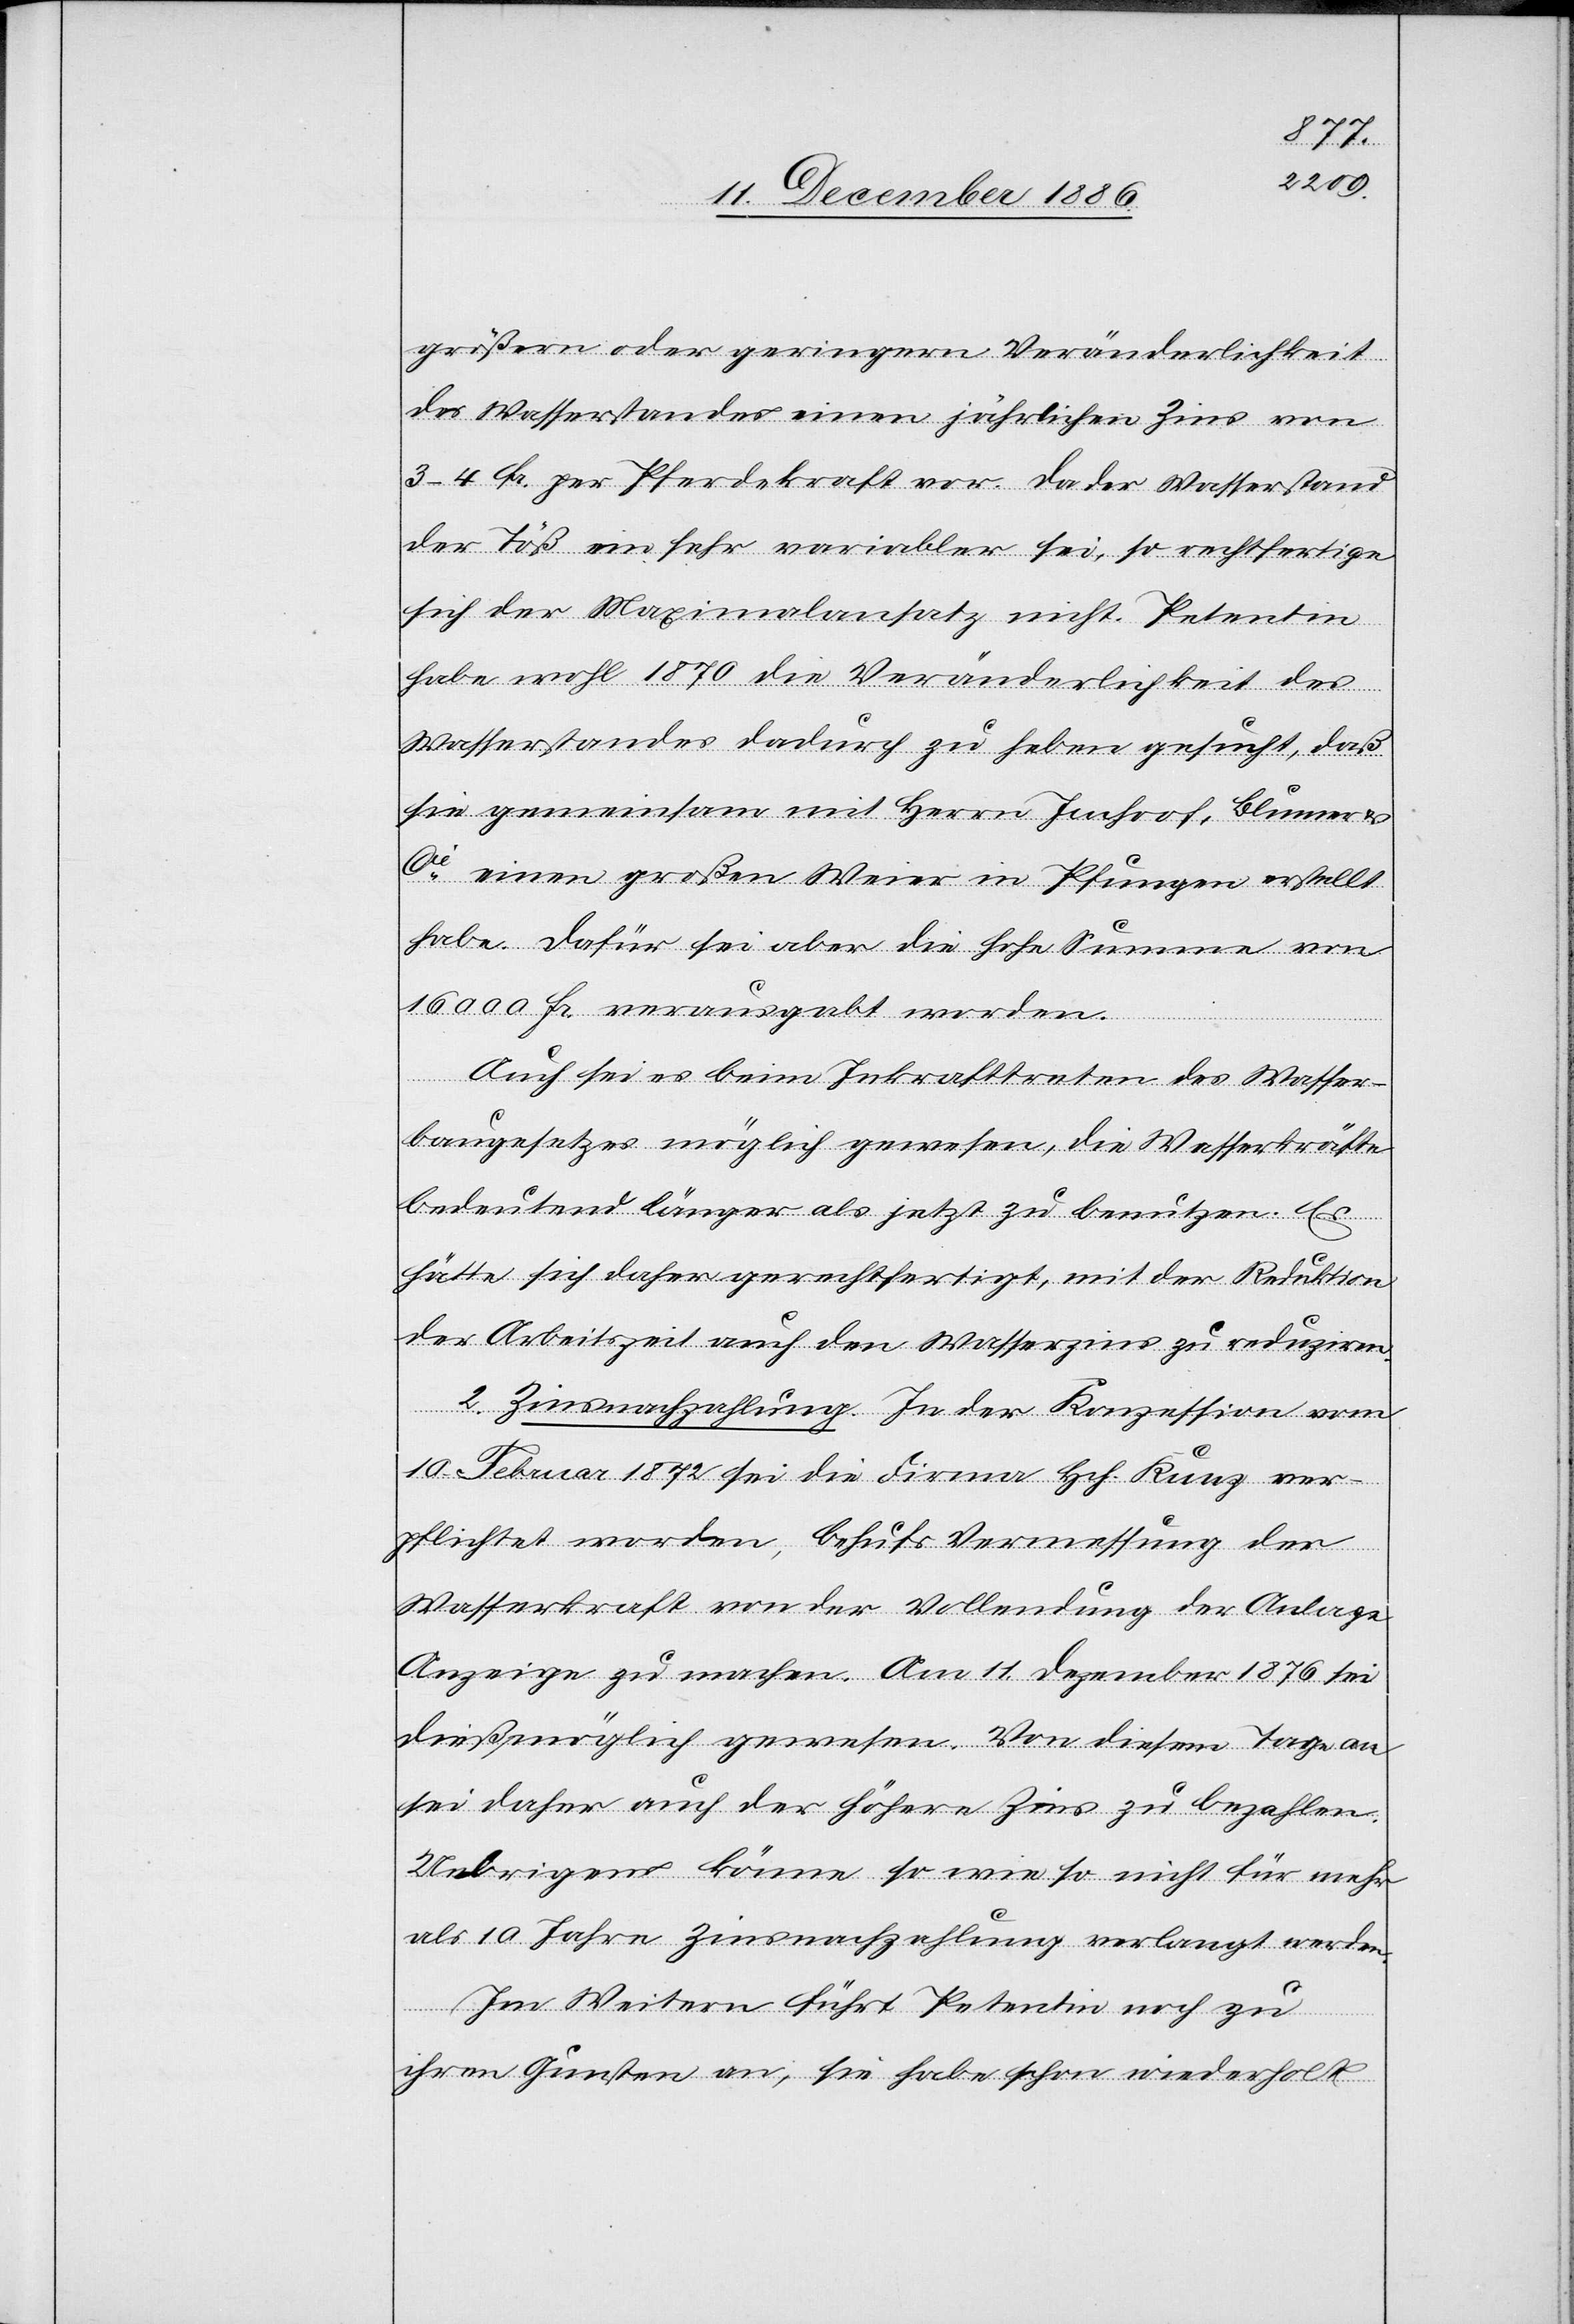
größern oder geringern Veränderlichkeit
des Wasserstandes einen jährlichen Zins von
3–4 Fr. per Pferdekraft vor. Da der Wasserstand
der Töß ein sehr variabler sei, so rechtfertige
sich der Maximalansatz nicht. Petentin
habe wohl 1870 die Veränderlichkeit des
Wasserstandes dadurch zu haben gesucht, daß
sie gemeinsam mit Herrn Imhof, Blumer
Cie einen großen Weier in Pfungen erstellt
habe. Dafür sei aber die hohe Summe von
16 000 Fr. verausgabt worden.
Auch sei es beim Inkrafttreten des Wasser¬
baugesetzes möglich gewesen, die Wasserkräfte
bedeutend länger als jetzt zu benutzen. Es
hätte sich daher gerechtfertigt, mit der Reduktion
der Arbeitszeit auch den Wasserzins zu reduziren.
2. Zinsnachzahlung. In der Konzession vom
10. Februar 1872 sei die Firma Hch. Kunz ver¬
pflichtet worden, behufs Vermessung der
Wasserkraft von der Vollendung der Anlage
Anzeige zu machen. Am 11. Dezember 1876 sei
dieß möglich gewesen. Von diesem Tage an
sei daher auch der höhere Zins zu bezahlen.
Uebrigens könne so wie so nicht für mehr
als 10 Jahre Zinsnachzahlung verlangt werden.
Im Weitern führt Petentin noch zu
ihren Gunsten an, sie habe schon wiederholt